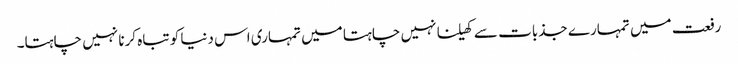
رفعت میں تمہارے جذبات سے کھیلنا نہیں چاہتا میں تمہاری اس دنیا کو تباہ کرنا نہیں چاہتا۔